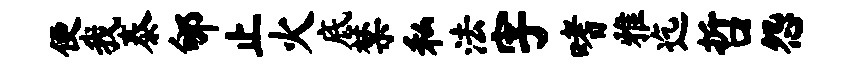
便我泰郇止火底禁私法字嗜雅迄哲怨